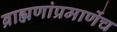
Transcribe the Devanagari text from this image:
ब्राह्मणांप्रमाणेंच